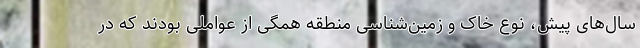
سال‌های پیش، نوع خاک و زمین‌شناسی منطقه همگی از عواملی بودند که در